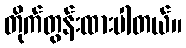
တိုက်တွန်းထားပါတယ်။